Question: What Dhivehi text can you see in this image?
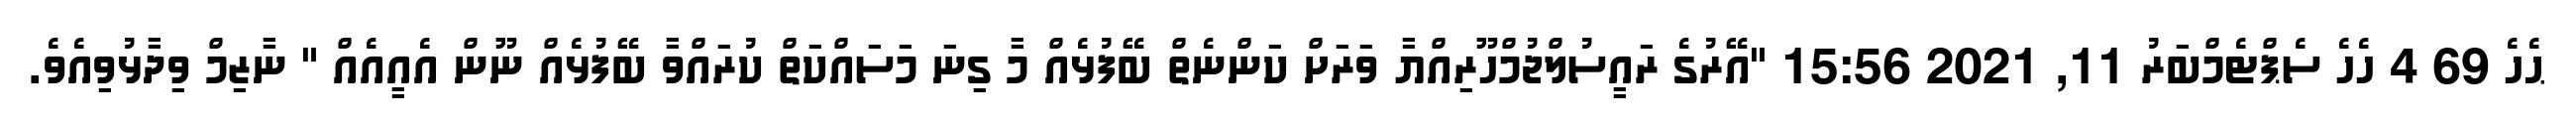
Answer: ޙެހެ 69 4 ހެހެ ސެޕްޓެމްބަރު 11, 2021 15:56 "އޭރުގެ ރައީސުލްޖުމްހޫރިއްޔާ ވަރަށް ކަންނެތް ބޭފުޅެއް މާ ގިނަ މަސައްކަތް ކުރައްވާ ބޭފުޅެއް ނޫން އެއީއެއް " ނާޒިމް ވިދާޅުވިއެވެ.